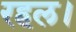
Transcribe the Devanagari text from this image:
रहल।